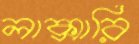
লাক্সারি